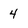
Character: 4